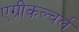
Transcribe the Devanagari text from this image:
एग्रीकल्चर्ल